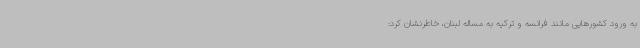
به ورود کشورهایی مانند فرانسه و ترکیه به مساله لبنان، خاطرنشان کرد: